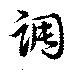
調